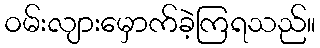
ဝမ်းလျားမှောက်ခဲ့ကြရသည်။